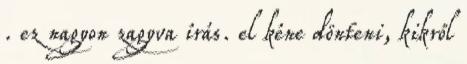
. ez nagyon zagyva írás. el kéne dönteni, kikről